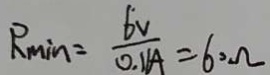
R _ { \min } = \frac { 6 V } { 0 . 1 1 A } = 6 0 \Omega